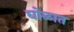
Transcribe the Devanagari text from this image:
घोळात